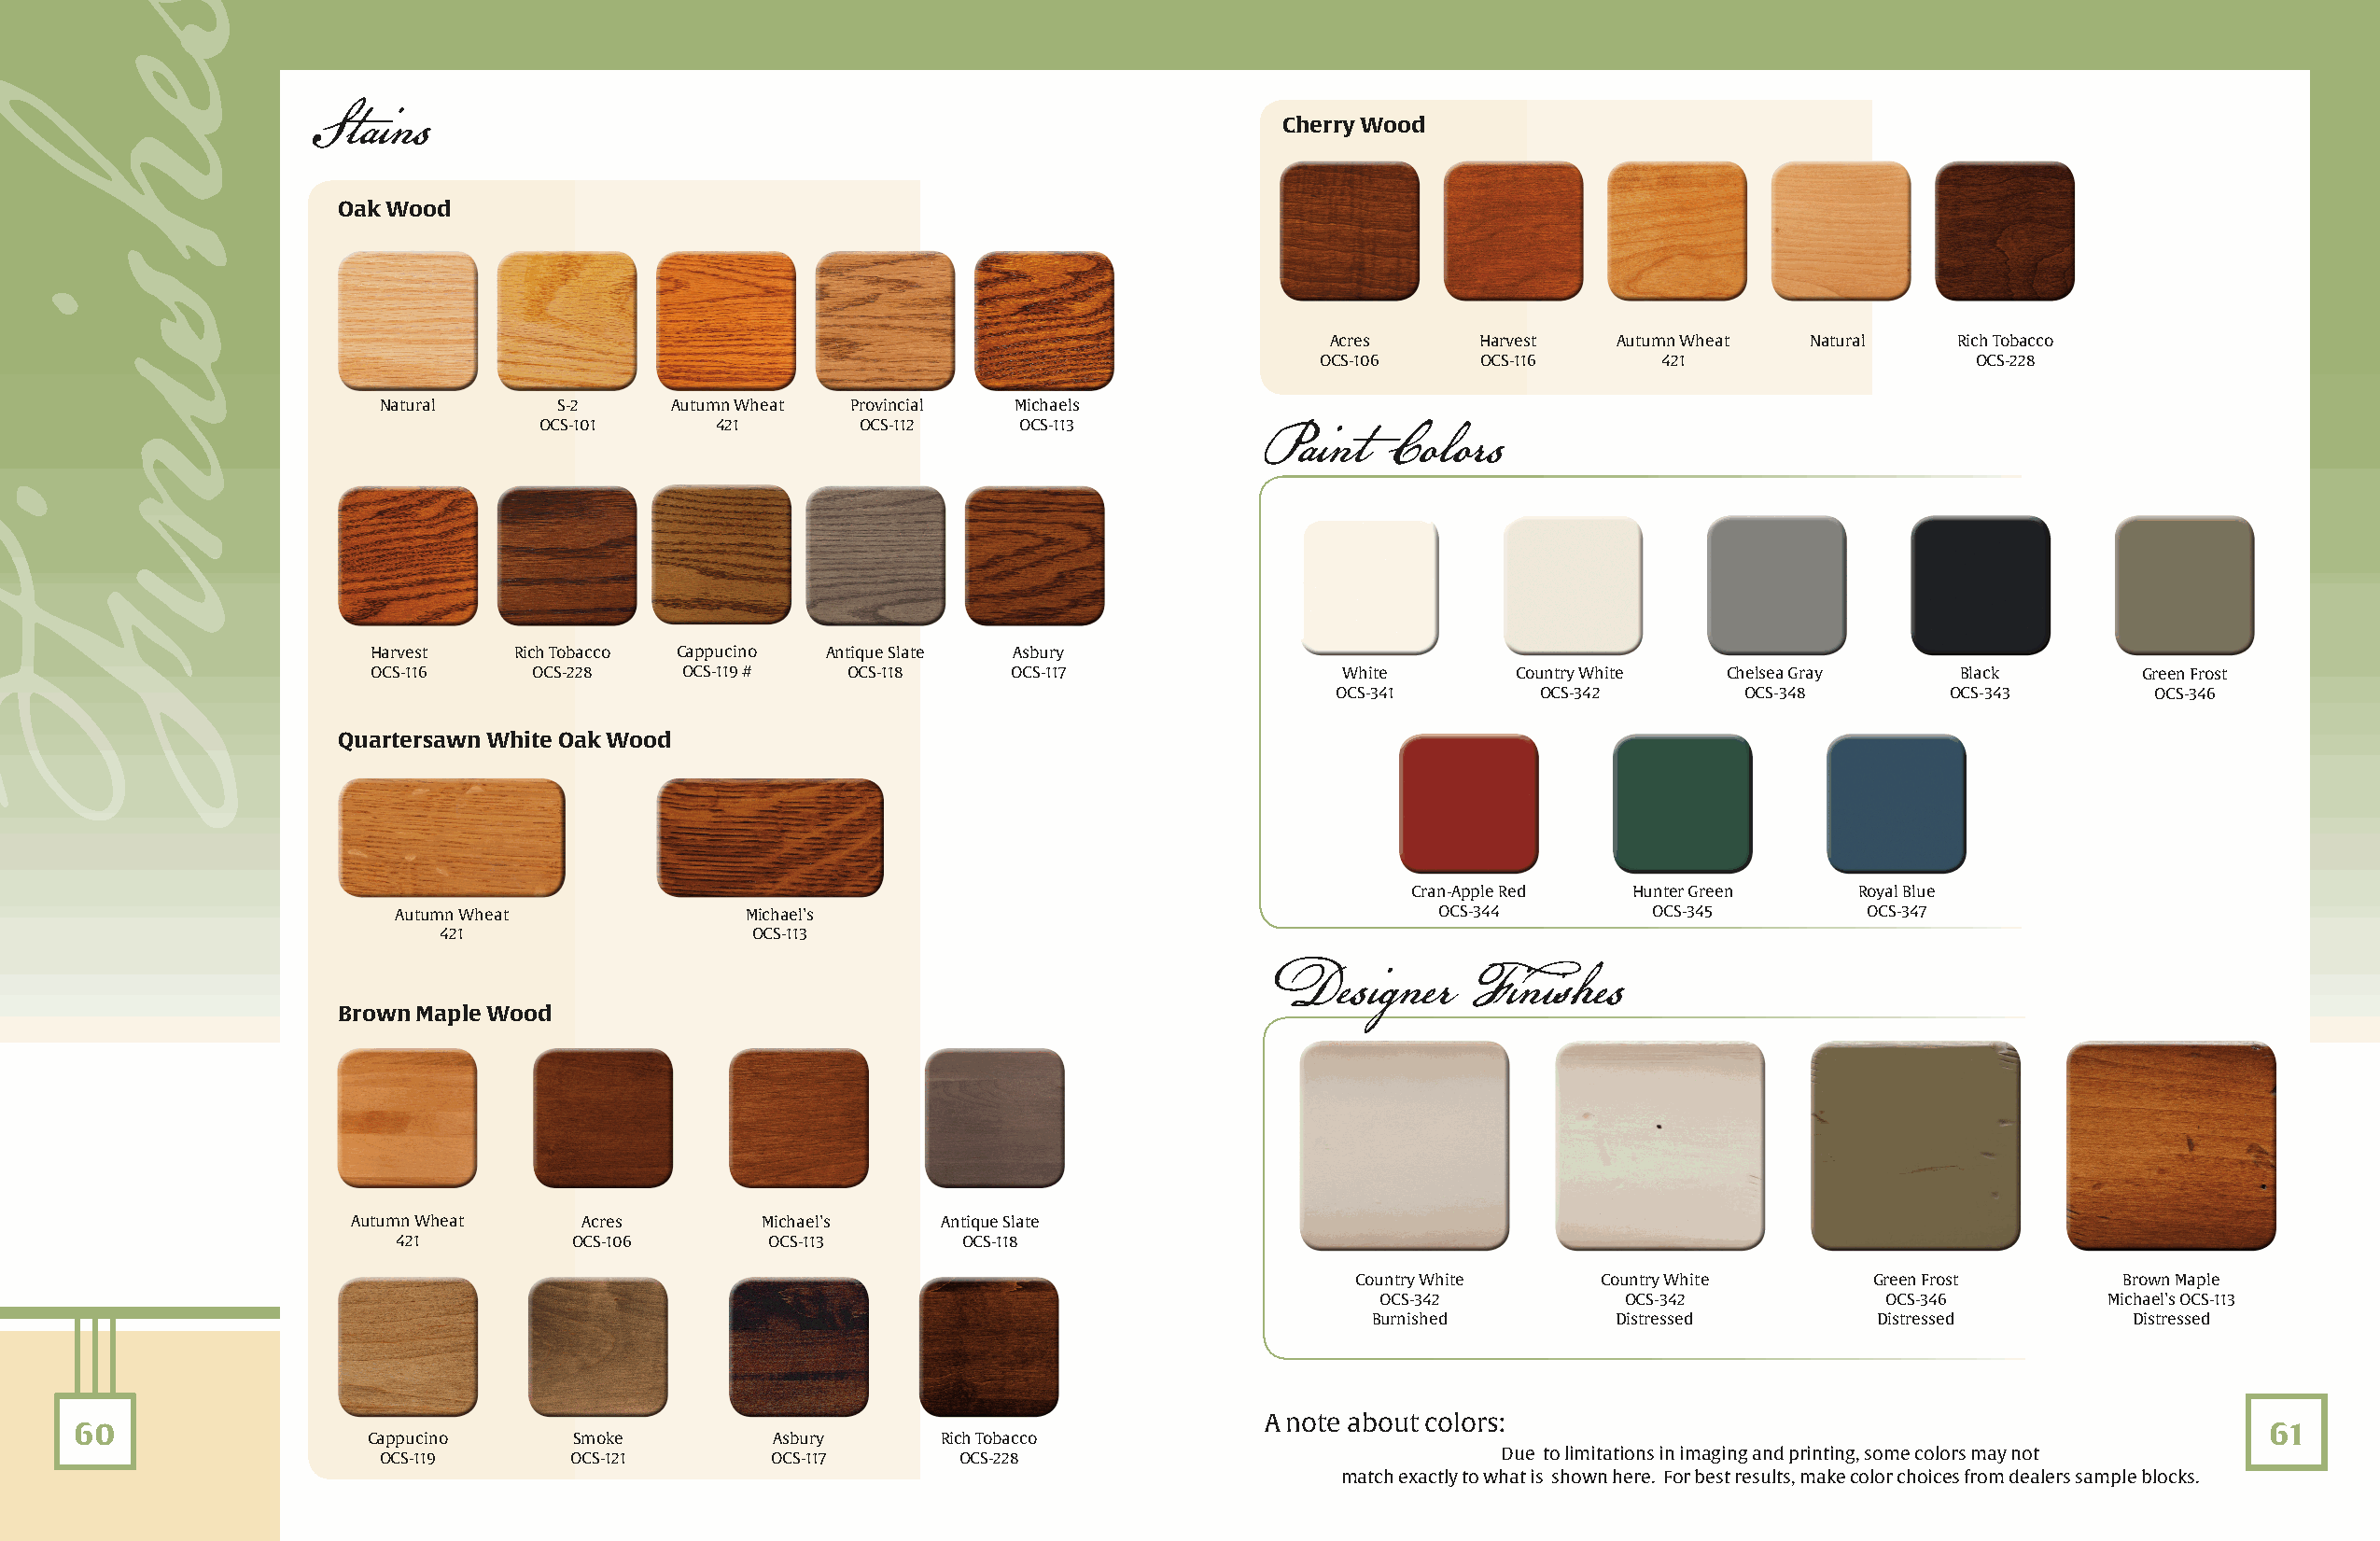
Stains
 Cherry Wood
 Oak Wood
 Acres      Harvest   Autumn Wheat Natural    Rich Tobacco
 OCS-106    OCS-116      421                   OCS-228
 Natural      S-2     Autumn Wheat Provincial Michaels
 OCS-101      421       OCS-112    OCS-113
 Paint    Colors
 Harvest   Rich Tobacco Cappucino Antique Slate Asbury
 OCS-116     OCS-228   OCS-119 #   OCS-118     OCS-117                White       Country White  Chelsea Gray     Black        Green Frost
 OCS-341       OCS-342        OCS-348       OCS-343        OCS-346
 Quartersawn White Oak Wood
 Cran-Apple Red  Hunter Green    Royal Blue
 Autumn Wheat             Michael’s                                        OCS-344        OCS-345        OCS-347
 421                   OCS-113
 Designer      Finishes
 Brown Maple Wood
 Autumn Wheat    Acres        Michael’s    Antique Slate
 421          OCS-106       OCS-113      OCS-118
 Country White     Country White      Green Frost       Brown Maple
 OCS-342          OCS-342            OCS-346         Michael’s OCS-113
 Burnished         Distressed        Distressed        Distressed
 A note about colors:
 60                                                                                                                                                          61
 Cappucino      Smoke         Asbury      Rich Tobacco
 OCS-119      OCS-121        OCS-117      OCS-228                               Due to limitations in imaging and printing, some colors may not
 match exactly to what is shown here. For best results, make color choices from dealers sample blocks.
 sehisniF